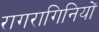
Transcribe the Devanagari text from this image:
रागरागिनियों